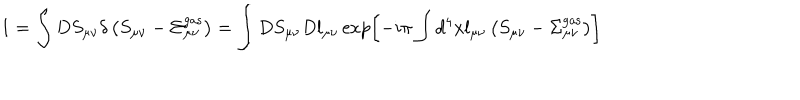
1 = \int D S _ { \mu \nu } \delta \left( S _ { \mu \nu } - \Sigma _ { \mu \nu } ^ { \mathrm { g a s } } \right) = \int D S _ { \mu \nu } D l _ { \mu \nu } \exp \left[ - i \pi \int d ^ { 4 } x l _ { \mu \nu } \left( S _ { \mu \nu } - \Sigma _ { \mu \nu } ^ { \mathrm { g a s } } \right) \right]